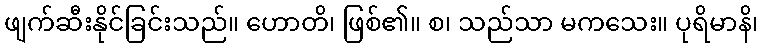
ဖျက်ဆီးနိုင်ခြင်းသည်။ ဟောတိ၊ ဖြစ်၏။ စ၊ သည်သာ မကသေး။ ပုရိမာနိ၊